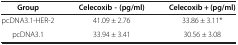
<table><thead><tr><td><b>Group</b></td><td><b>Celecoxib - (pg/ml)</b></td><td><b>Celecoxib + (pg/ml)</b></td></tr></thead><tbody><tr><td>pcDNA3.1-HER-2</td><td>41.09 ± 2.76</td><td>33.86 ± 3.11*</td></tr><tr><td>pcDNA3.1</td><td>33.94 ± 3.41</td><td>30.56 ± 3.08</td></tr></tbody></table>